Problem: 4 × 5 = ?
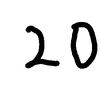
Handwritten answer: 20